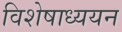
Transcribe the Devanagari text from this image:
विशेषाध्ययन